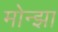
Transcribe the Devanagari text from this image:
मोन्झा